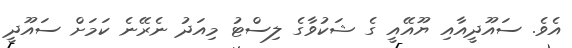
އެވެ. ސައޫދީއާއި ޔޫއޭއީ ގެ ޝަކުވާގެ ލިސްޓު މިއަދު ނެރޭނެ ކަމަށް ސައޫދީ